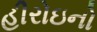
હીરોઇનો